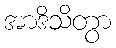
အာဒိသိတွာ